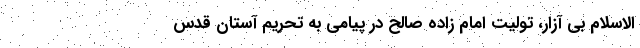
الاسلام بی آزار، تولیت امام زاده صالح در پیامی به تحریم آستان قدس